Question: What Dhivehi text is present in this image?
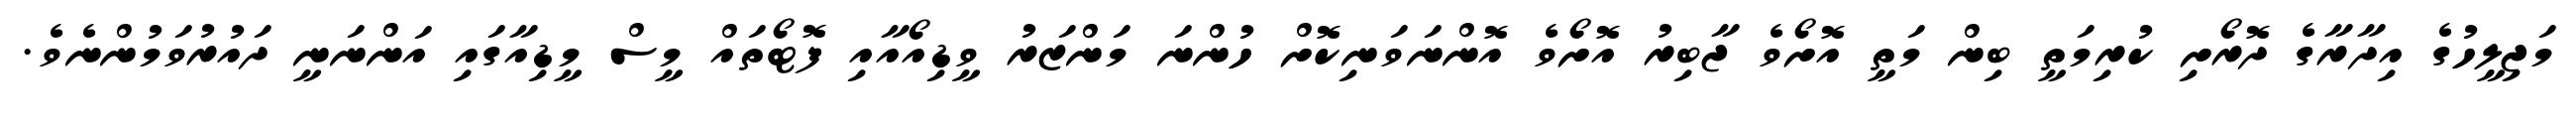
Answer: މަޖިލީހުގެ އިދާރާގެ ދޮރޯށި ކުރިމަތީ ބިން މަތީ އޮށޯވެ ޖާބިރު އޮށޯވެ އޮންނަވަނިކޮށް ހުންނަ މަންޒަރު ވީޑިއޯއާއި ފޮޓޯތައް މީސް މީޑިއާގައި އަންނަނީ ދައުރުވަމުންނެވެ.